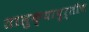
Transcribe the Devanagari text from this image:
तालुक्यापुर्तीच